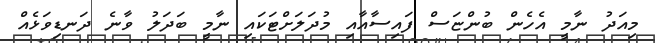
މިއަދު ނާމީ އެހެން ބުންޏަސް ފައިސާއާއި މުދަލަށްޓަކައި ނާމީ ބަދަލު ވާނެ ދަނޑިވަޅެއް